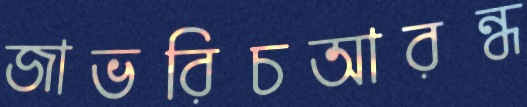
জাভরিচআরন্ধ